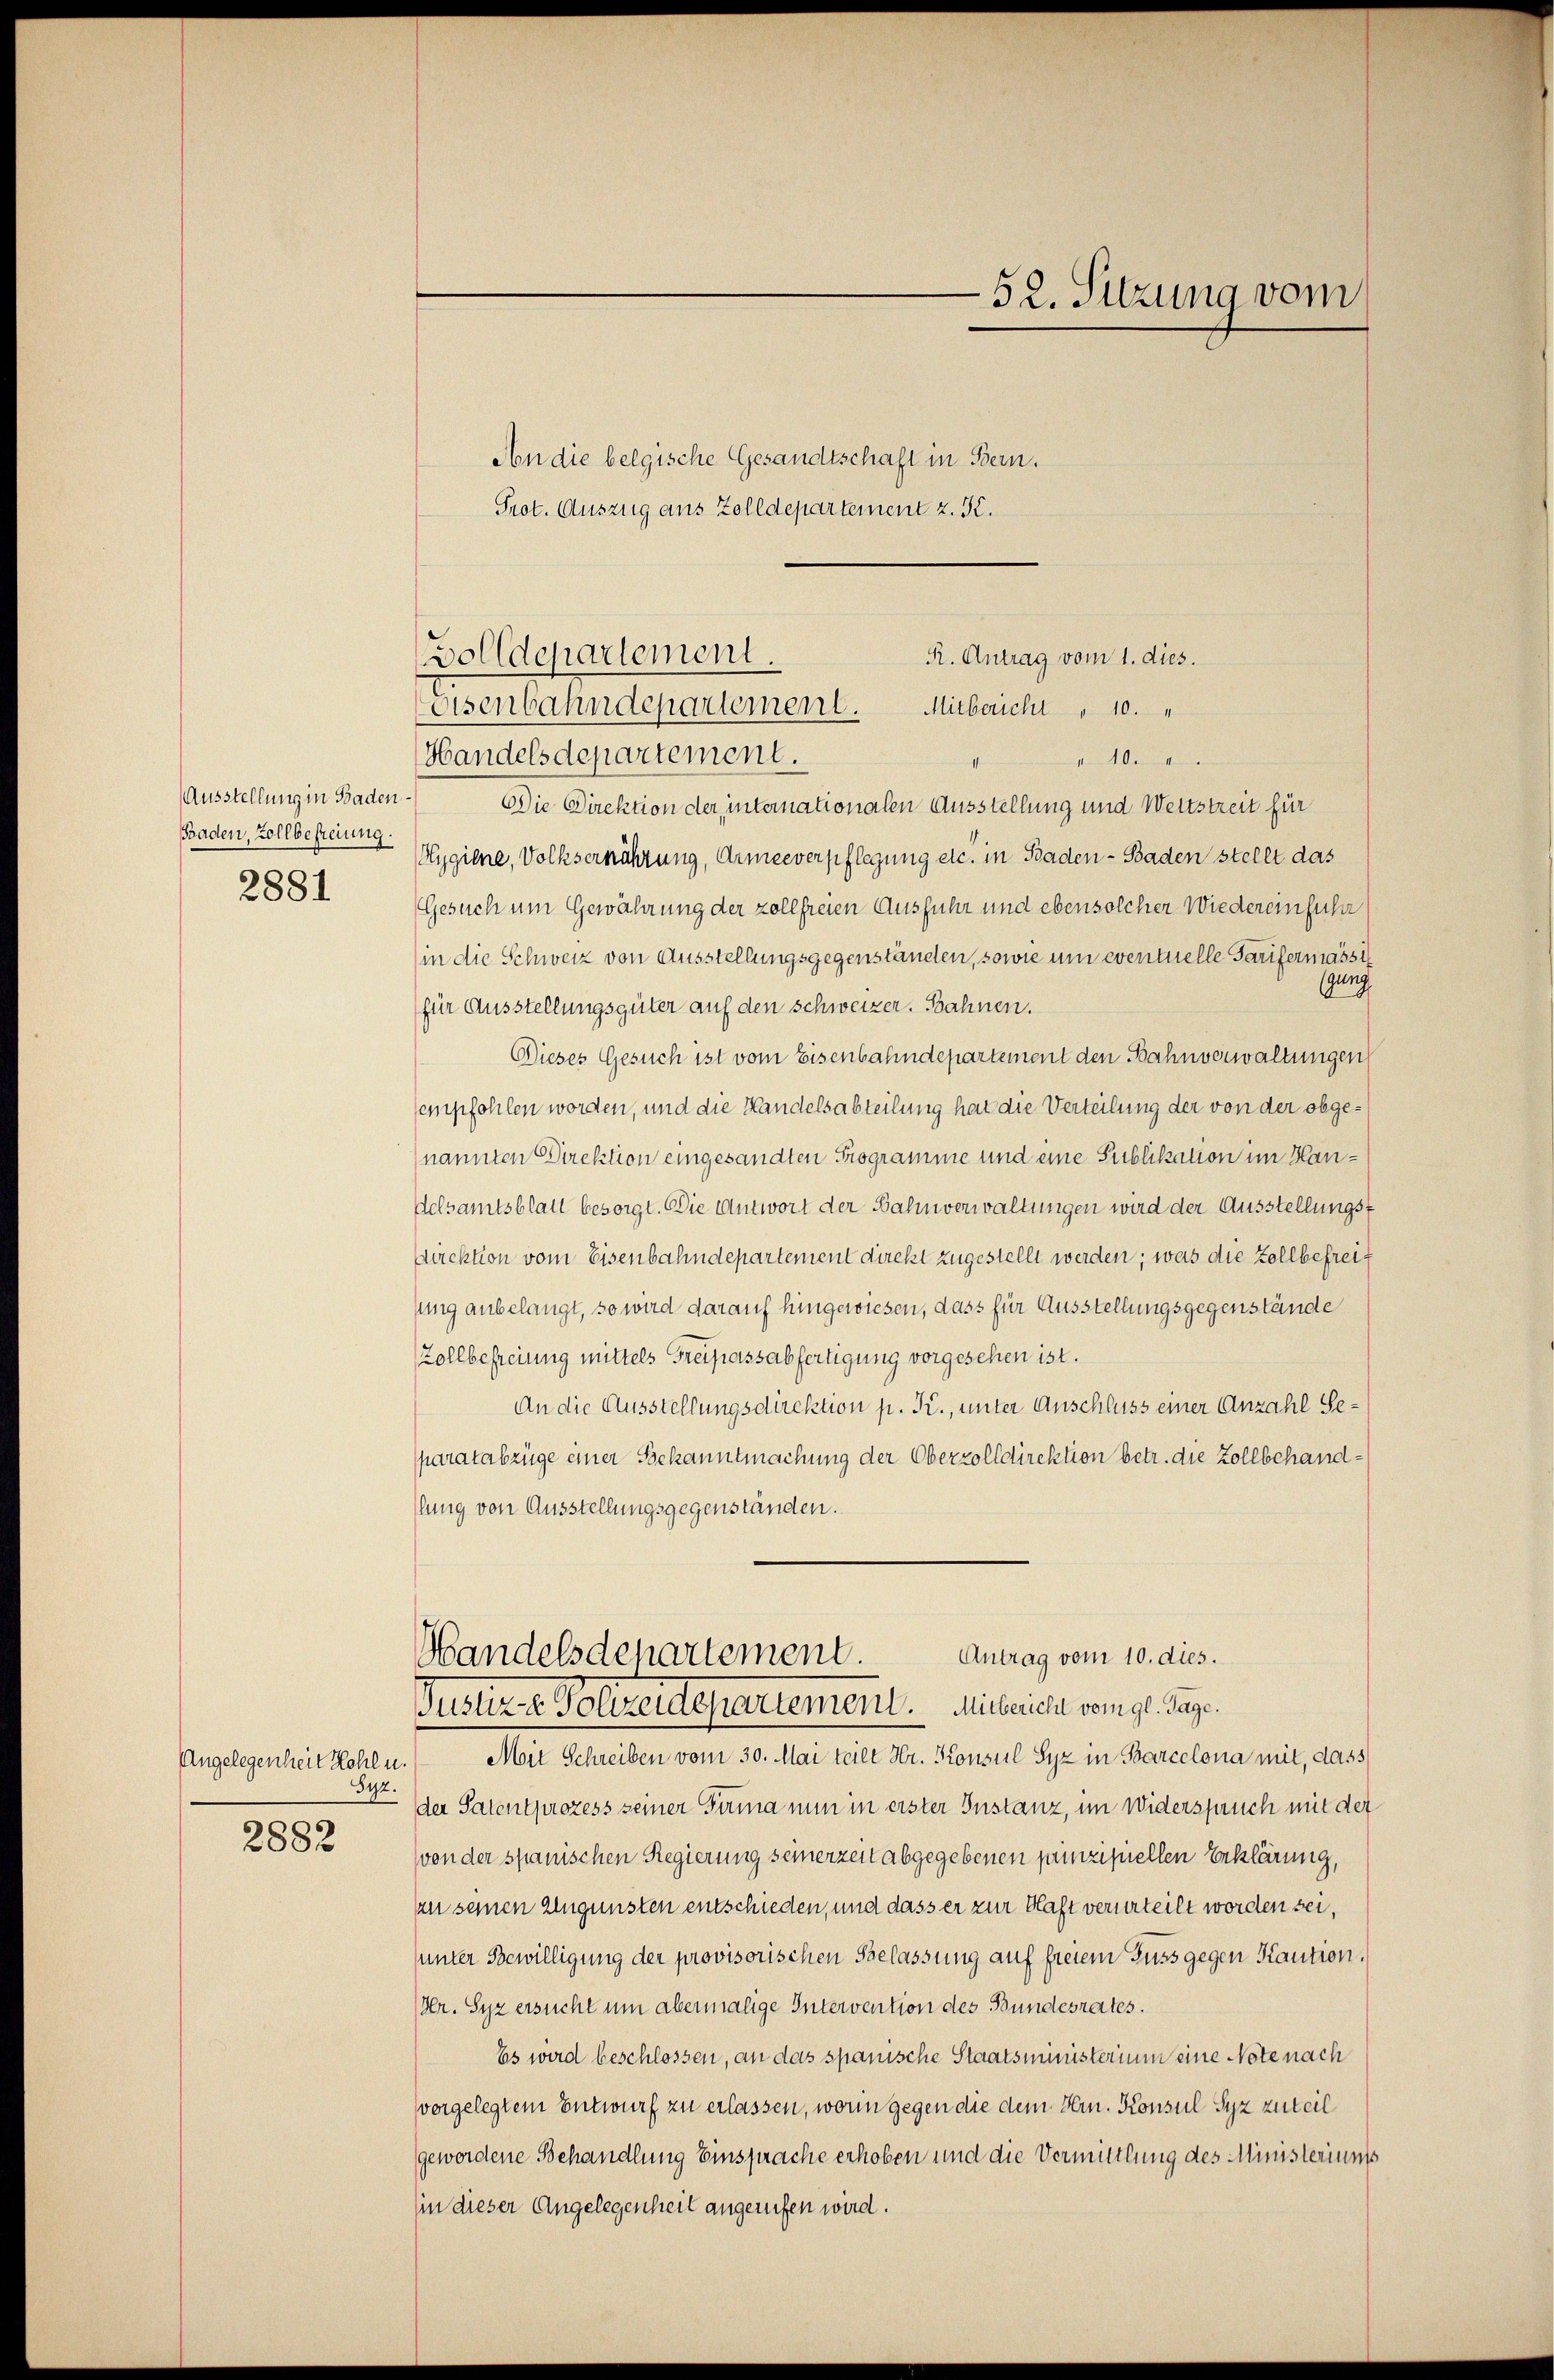
Ausstellung in Baden.
Baden, Zollbefreiung.
2881

Angelegenheit Kohl u.
842.
2882

An die belgische Gesandtschaft in Bern.
Prot. Auszug aus Zolldepartement z. K.
Handelsdepartement.
" 10. 4
Die Direktion der internationalen Ausstellung und Wettstreit für
Hygiene, Volksernährung, Armeeverpflegung etc. in Baden - Baden stellt das
Gesuch um Gewährung der zollfreien Ausfuhr und ebensolcher Wiedereinführ
(in die Schweiz von Ausstellungsgegenständen, sowie um eventuelle Tarifermasse
gung
für Ausstellungsgüter auf den Schweizer. Bahnen.
Dieses Gesuch ist vom Eisenbahndepartement den Bahnverwaltungen
empfohlen worden, und die Handelsabteilung hat die Verteilung der von der obgenannten Direktion eingesandten Programme und eine Publikation im Handelsamtsblatt besorgt. Die Antwort der Bahnverwaltungen wird der Ausstellungst
direktion vom Eisenbahndepartement direkt zugestellt werden; was die Zollbefreisung anbelangt, so wird darauf hingewiesen, dass für Ausstellungsgegenstände
Zollbefreiung mittels Freipassabfertigung vorgesehen ist.
An die Ausstellungsdirektion p. Kr., unter Anschluss einer Anzahl Separatabzüge einer Bekanntmachung der Oberzolldirektion betr. die Zollbehandlung von Ausstellungsgegenständen.

R. Antrag vom 1. dies.
Bolldepartement.
oisenbahndepartement.
Mitbericht " 10.

Handelsdepartement Antrag vom 10. dies.

52. Sitzung vom

Justiz - Polizeidepartement. Mitbericht vom gl. Tage.
Mit Schreiben vom 30. Mai teile Hr. Konsul Syz in Barcelona mit, dass
der Patentprozess seiner Firma nun in erster Instanz, im Widerspruch mit der
von der spanischen Regierung seinerzeit abgegebenen punzipiellen Erklärung,
zu seinen zugunsten entschieden, und dass er zur Haft verurteilt worden sei,
unter Bewilligung der provisorischen Belassung auf freiem Fuss gegen Kaution,
Dr. Syz ersucht um abermalige Intervention des Bundesrates.
Es wird beschlossen, an das spanische Staatsministerium eine Note nach
vorgelegtem Entwurf zu erlassen, worin gegen die dem Hrn. Konsul Syz zuteil
gewordene Behandlung Einsprache erhoben und die Vermittlung des Ministeriums
hin dieser Angelegenheit angerufen wird.